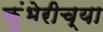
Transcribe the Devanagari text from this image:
कुंभेरीच्या